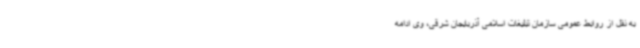
به نقل از روابط عمومی سازمان تبلیغات اسلامی آذربایجان شرقی، وی ادامه